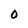
Character: 0